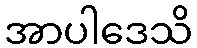
အာပါဒေသိ